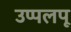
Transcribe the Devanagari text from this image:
उप्पलपू